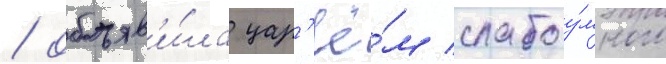
/ объяв'и́ла цар'ё́м слабоу́много